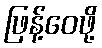
ဖြန့်ဝေဖို့